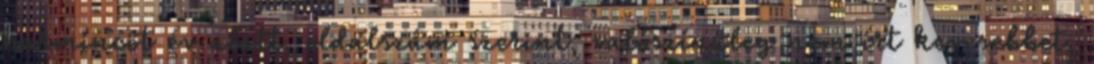
harmincöt év alatt, oldalszám szerint, valószínűleg nem írt kevesebbet,